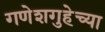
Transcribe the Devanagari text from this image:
गणेशगुहेच्या